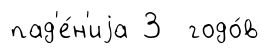
пад'е́н'иjа 3 годо́в